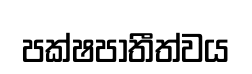
පක්ෂපාතීත්වය